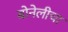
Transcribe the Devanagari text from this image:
बोनेलीचा